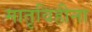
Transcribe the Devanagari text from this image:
मातृविहीना